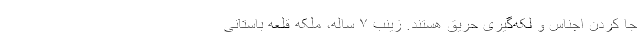
جا کردن اجناس و لکه‌گیری حریق هستند. زینب ۷ ساله، ملکه قلعه باستانی